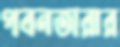
পবনতারার